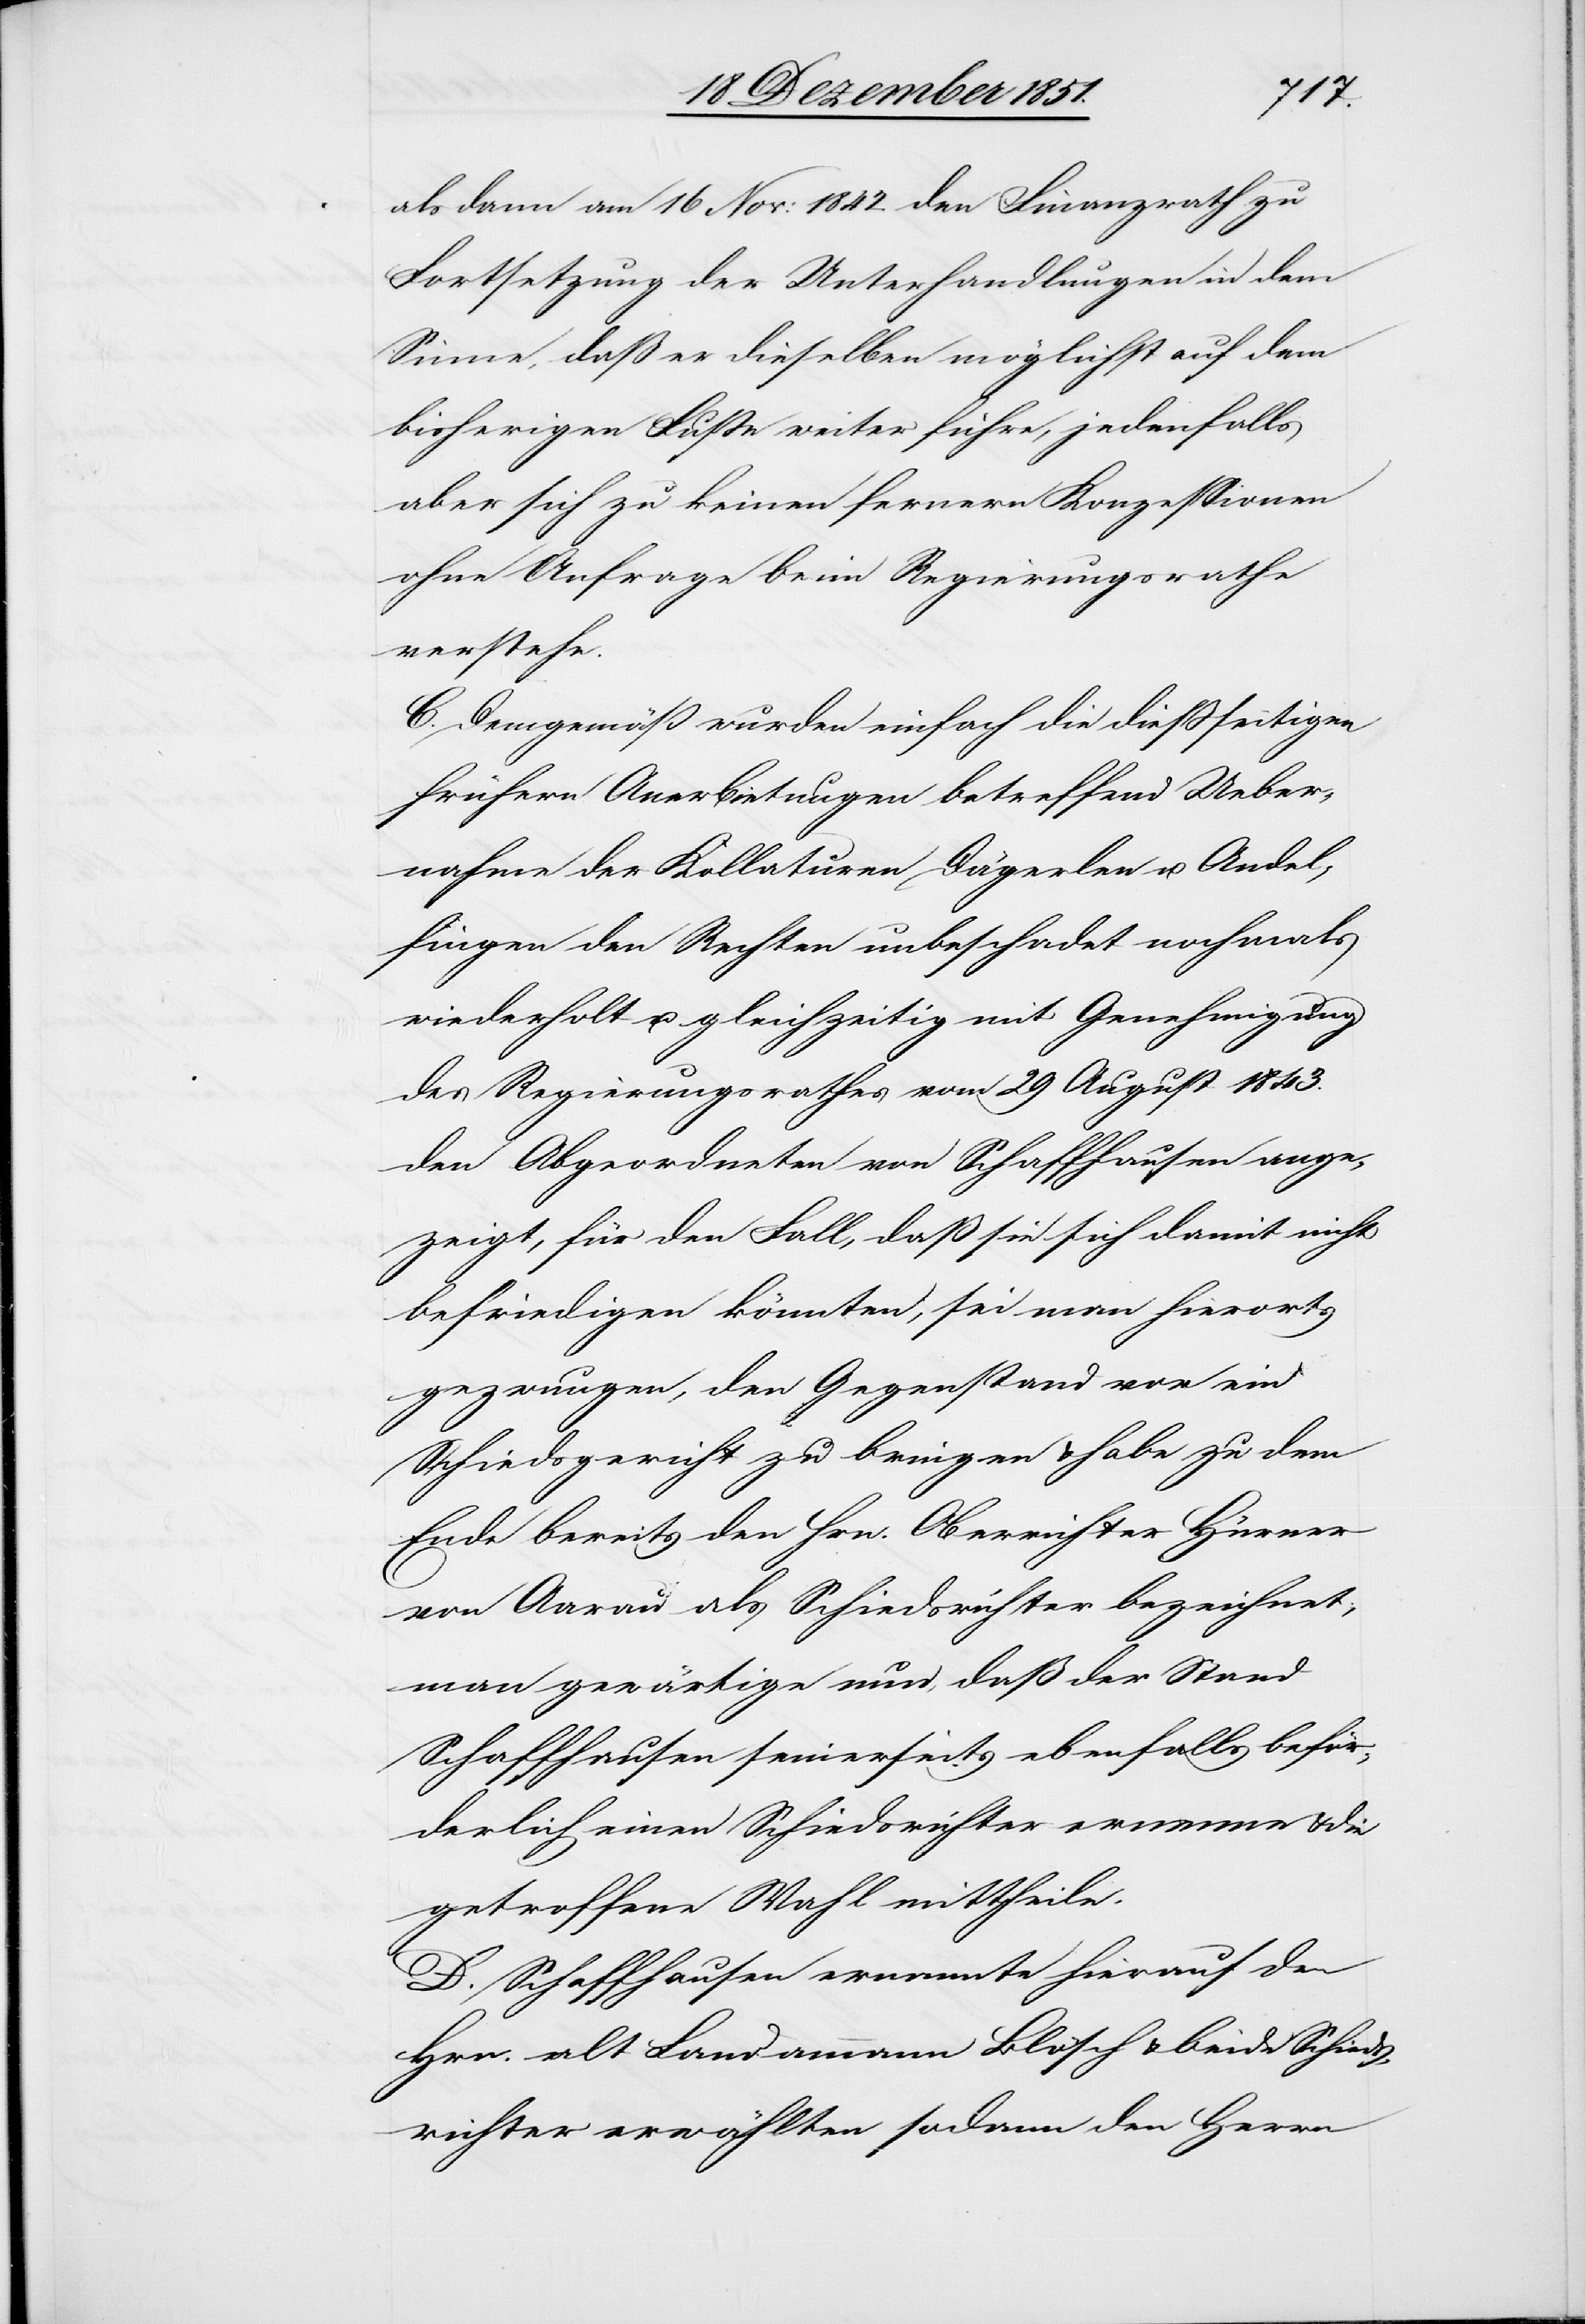
alsdann am 16 Nov: 1842. den Finanzrath zu
Fortsetzung der Unterhandlungen in dem
Sinne, daß er dieselben möglichst auf dem
bisherigen Fuße weiter führe, jedenfalls
aber sich zu keinen fernern Konzessionen
ohne Anfrage beim Regierungsrathe
verstehe.
C. Demgemäß wurden einfach die dießseitigen
frühern Anerbietungen betreffend Ueber¬
nahme der Kollaturen Dägerlen u. Andel¬
fingen den Rechten unbeschadet nochmals
wiederholt u. gleichzeitig mit Genehmigung
des Regierungsrathes vom 29 August 1843.
den Abgeordneten von Schaffhausen ange¬
zeigt, für den Fall, daß sie sich damit nicht
befriedigen könnten, sei man hierorts
gezwungen, den Gegenstand vor ein
Schiedsgericht zu bringen & habe zu dem
Ende bereits den Hrn. Oberrichter Hürner
von Aarau als Schiedsrichter bezeichnet;
man gewärtige nun, daß der Stand
Schaffhausen seinerseits ebenfalls beför¬
derlich einen Schiedsrichter ernenne & die
getroffene Wahl mittheile.
D. Schaffhausen ernannte hierauf den
Hrn. alt Landammann Blösch & beide Schieds¬
richter erwählten sodann den Herrn